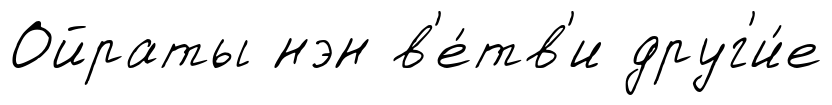
Ойраты нэн в'е́тв'и друг'и́е